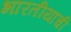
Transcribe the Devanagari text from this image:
भारतीयाची